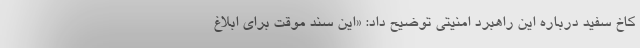
کاخ سفید درباره این راهبرد امنیتی توضیح داد: «این سند موقت برای ابلاغ